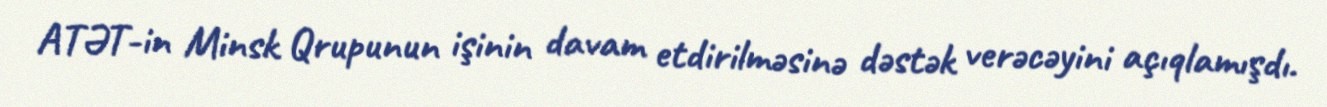
ATƏT-in Minsk Qrupunun işinin davam etdirilməsinə dəstək verəcəyini açıqlamışdı.